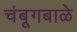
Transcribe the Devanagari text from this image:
चंबूगबाळे